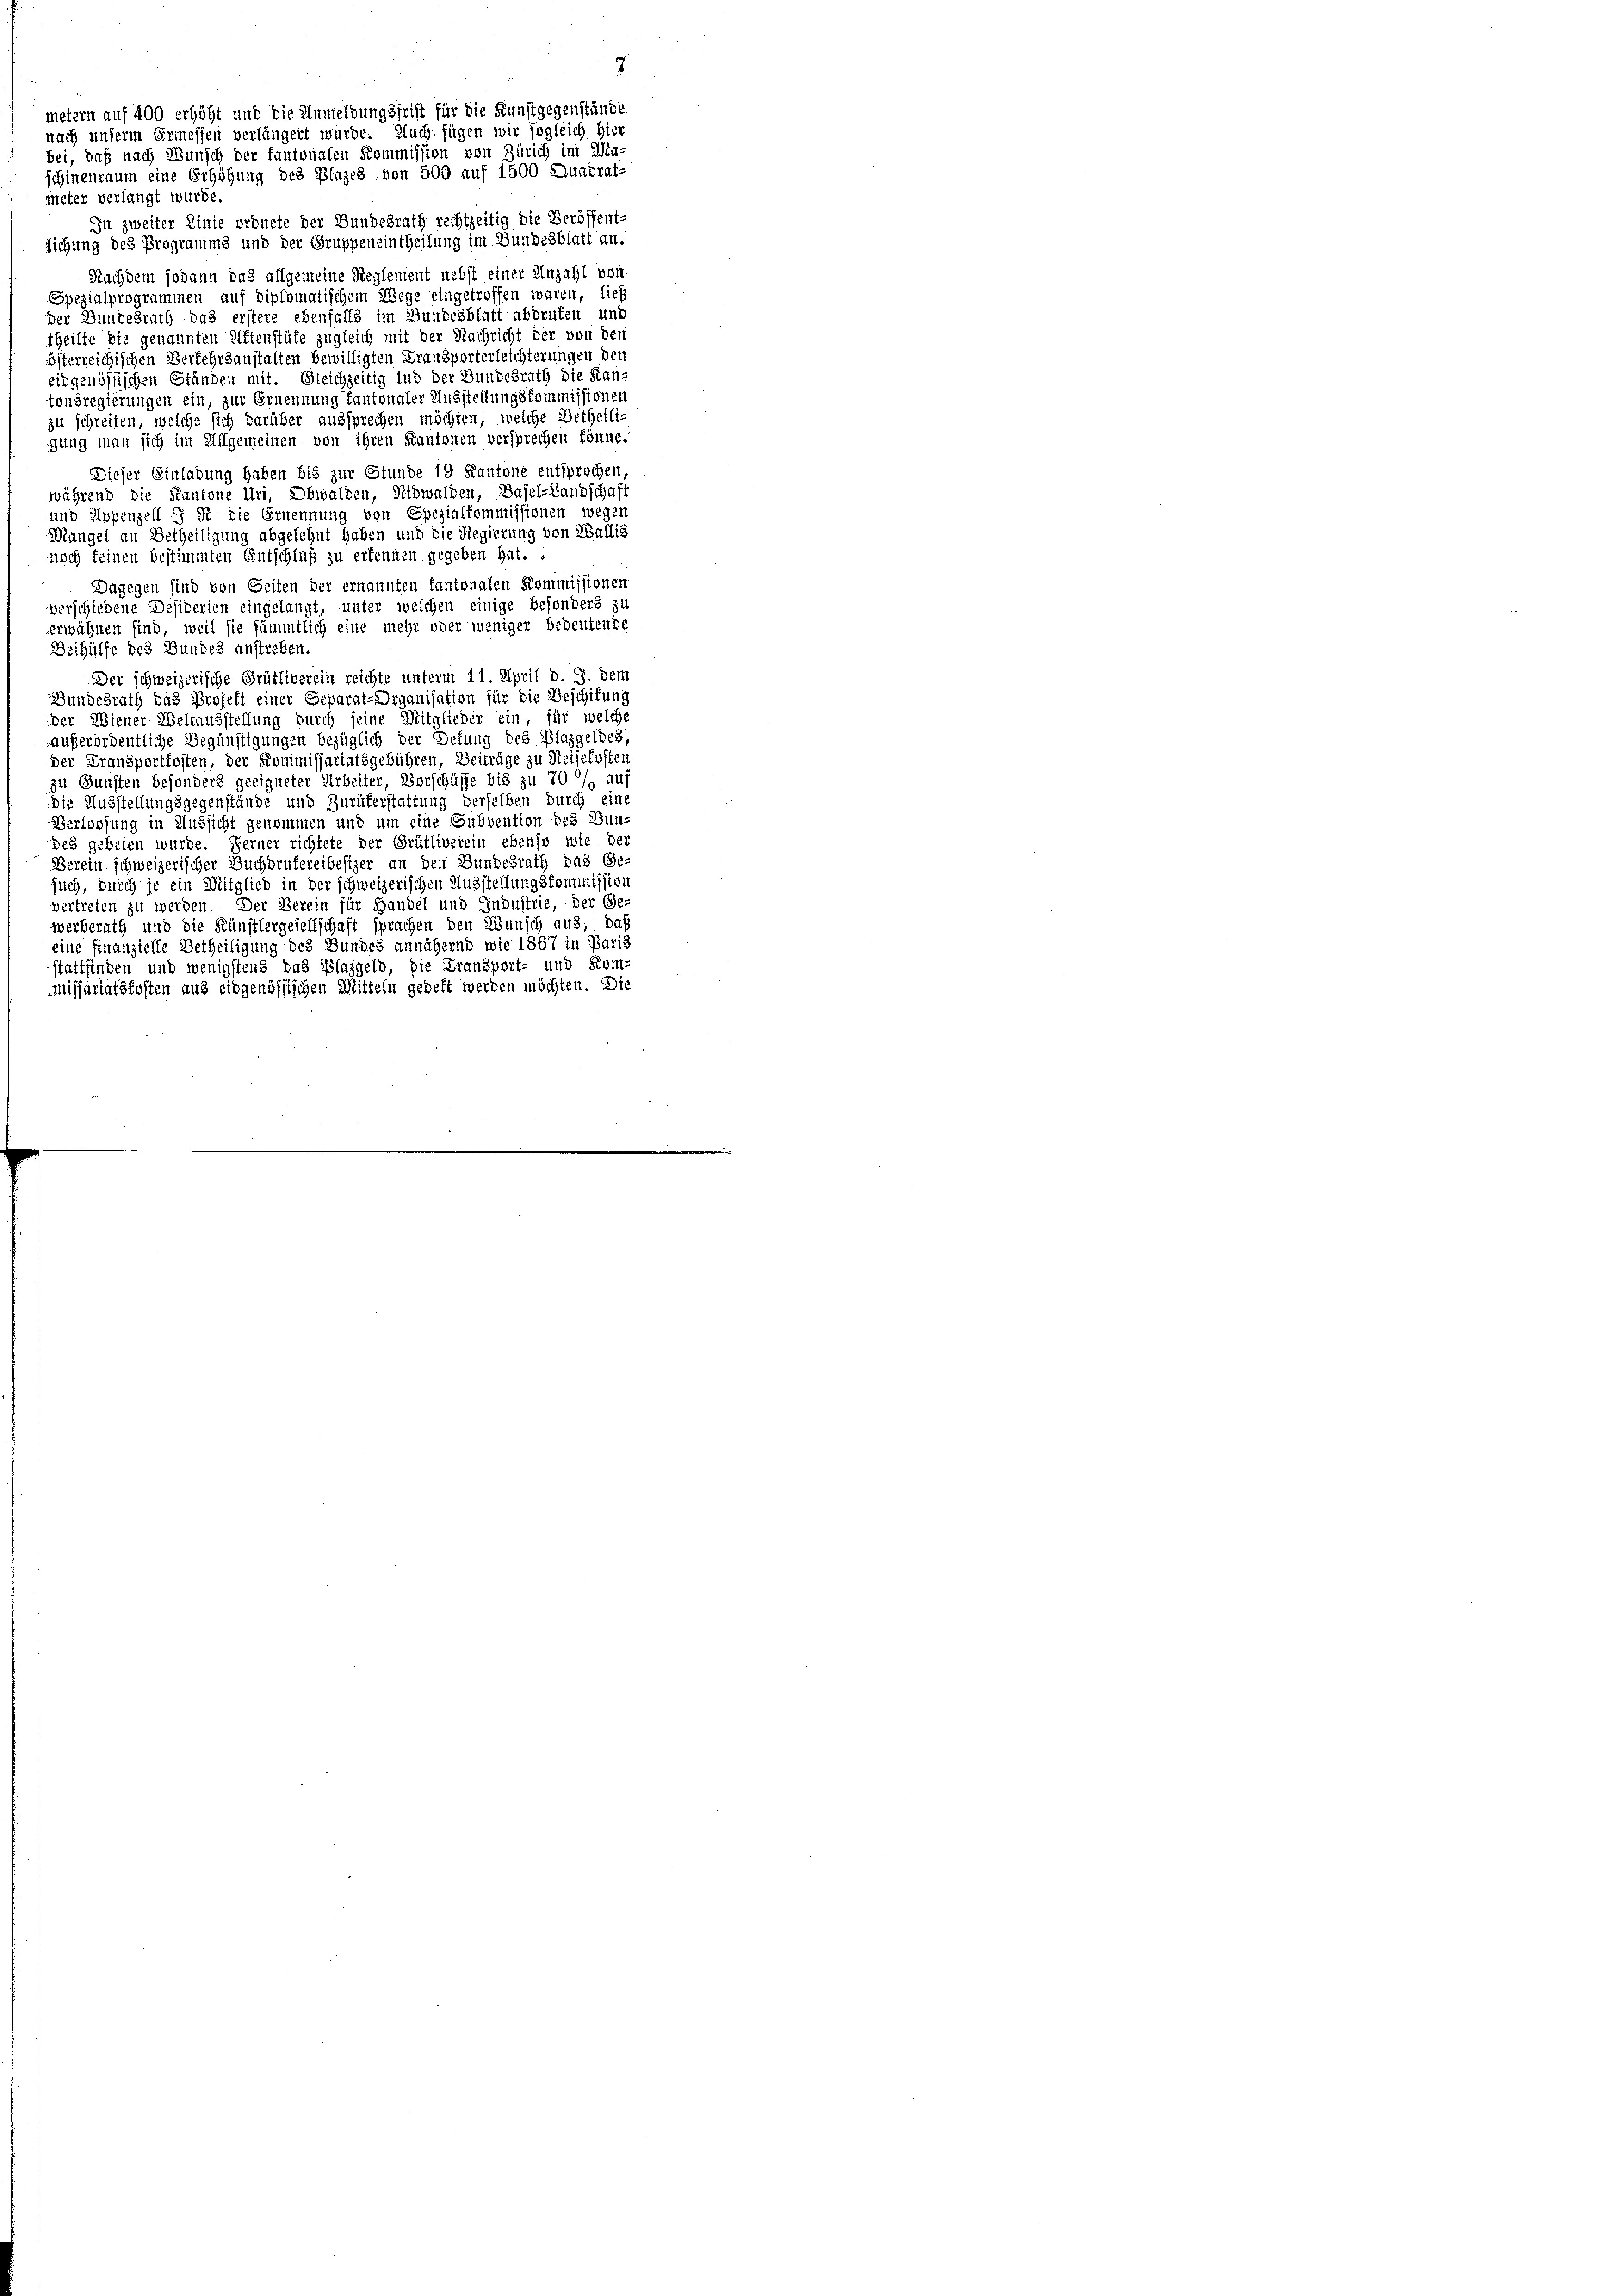
metern auf 400 erhöht und die Anmeldungsfrist für die Kunstgegenstände
nach unserm Ermessen verlängert würde. Auch fügen wir sogleich hier
bei, daß nach Wunsch der fantonalen Kommission von Zürich im Ma-
schinenraum eine Erhöhung des Plazes von 500 auf 1500 Quadrat-
meter verlangt wurde.
Iit zweiter Linie ordnete der Bundesrath rechtzeitig die Veröffent-
Eichung des Programms und der Gruppeneintheilung im Bundesblatt an.
Nachdem sodann das allgemeine Reglement nebst einer Anzahl von
Spezialprogrammen auf diplomatischem Wege eingetroffen wären, tieff
Der Bundesrath das erstere ebenfalls im Bundesblatt abdruken und
theilte die genannten Altenstüte zugleich mit der Nachricht der von den
österreichischen Verkehrsanstalten bewilligten Kransporterleichterungen den
eidgenössischen Ständen mit. Gleichzeitig lud der Bundesrath die Kantonsregierungen ein, zur Ernennung fantonaler Ausstellungskommissionen
zu schreiten, welche sich darüber aussprechen möchten, welche Betheiligung man sich im Allgemeinen von ihren Kantonen versprechen könne.
Dieser Einladung haben bis zur Stunde 19 Kantone entsprochen,
während die Kantone Uri, Obwalden, Nidwalden, Basel-Landschaft
und Appenzell ist die Ernennung von Spezialkommissionen wegen
Mangel an Betheiligung abgelehnt haben und die Regierung von Wallis
noch feinen bestimmten Entschluß zu erkennen gegeben hat.
Dagegen sind von Seiten der ernannten fantonalen Kommissionen
verschiedene Desiderien eingelangt, unter welchen einige besonders zu
erwähnen sind, weil sie sämmtlich eine mehr oder weniger bedeutende
Beihülfe des Bundes anstreben.
Der schweizerische Grütliverein reichte unterm 11. April d. J. dem
Bundesrath das Projekt einer Separat-Organisation für die Beschifung
der Wiener Weltausstellung durch seine Mitglieder ein, für welche
außerordentliche Begünstigungen bezüglich der Detung des Plazgeldes,
der Fransportkosten, der Kommissariatsgebühren, Beiträge zu Reisekoster
zu Gunsten besonders geeigneter Arbeiter, Vorschüsse bis zu 70 % auf
die Ausstellungsgegenstände und Zurükerstattung derselben durch eine
Verloosung in Aussicht genommen und um eine Subvention des Bun-
des gebeten wurde. Ferner richtete der Grütliverein ebenso wie der
Berein schweizerischer Buchdrukereibesizer an den Bundesrath das Ge-
such, durch je ein Mitglied in der schweizerischen Ausstellungskommission
vertreten zu werden. Der Verein für Handel und Industrie, der Ge-
werberath und die Künstlergesellschaft sprachen den Wünsch aus, daß
eine finanzielle Betheiligung des Bundes annähernd wie 1867 in Paris
stattfinden und wenigstens das Plaggeld, die Fransport- und Kom-
missariatskosten aus eidgenössischen Mitteln gedeft werden möchten. Die

7